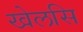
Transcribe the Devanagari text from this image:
खेलसि